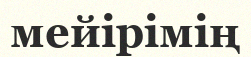
мейірімің